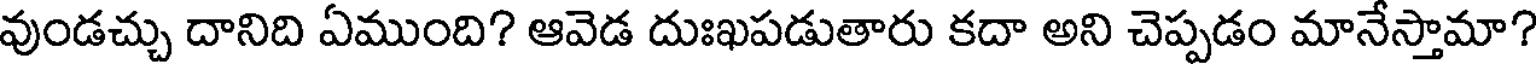
వుండచ్చు దానిది ఏముంది? ఆవెడ దుఃఖపడుతారు కదా అని చెప్పడం మానేస్తామా?